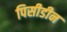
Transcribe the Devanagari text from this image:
पिसीडीन